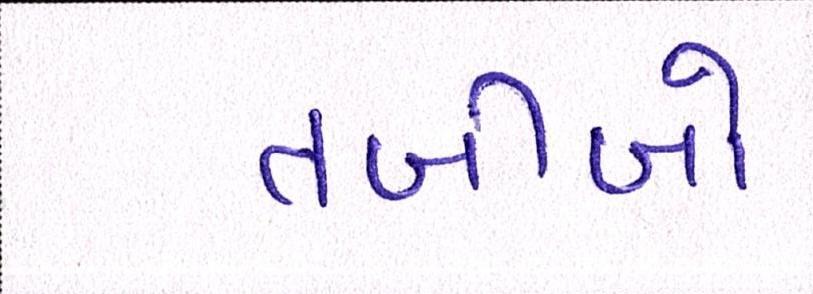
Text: તબીબો